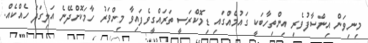
މިނިވަން އިންސާފުވެރި އިންތިހާބަކީ ގައުމެއްގައި ޑިމޮކްރަސީ ތަރައްގީވެފައިވާ މިންވަރު ހާމަކޮށްދޭނެ އަލިގަދަ ހެއްކެއް.